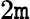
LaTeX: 2\mathtt{m}